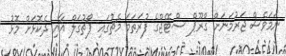
ނަމަވެސް ޖަރުމަނަށް ގްރޫޕް ސްޓޭޖްގެ ފުރަތަމަ މެޗުގައި ޕޯޗުގަލް އާއި ދެކޮޅަށް މޮޅު